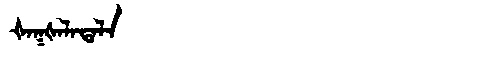
Manchu: ᡧᠠᡴᡧᠠᠯᠠᡨᠠᠯᠠ
Romanization: ŠAKŠALATALA